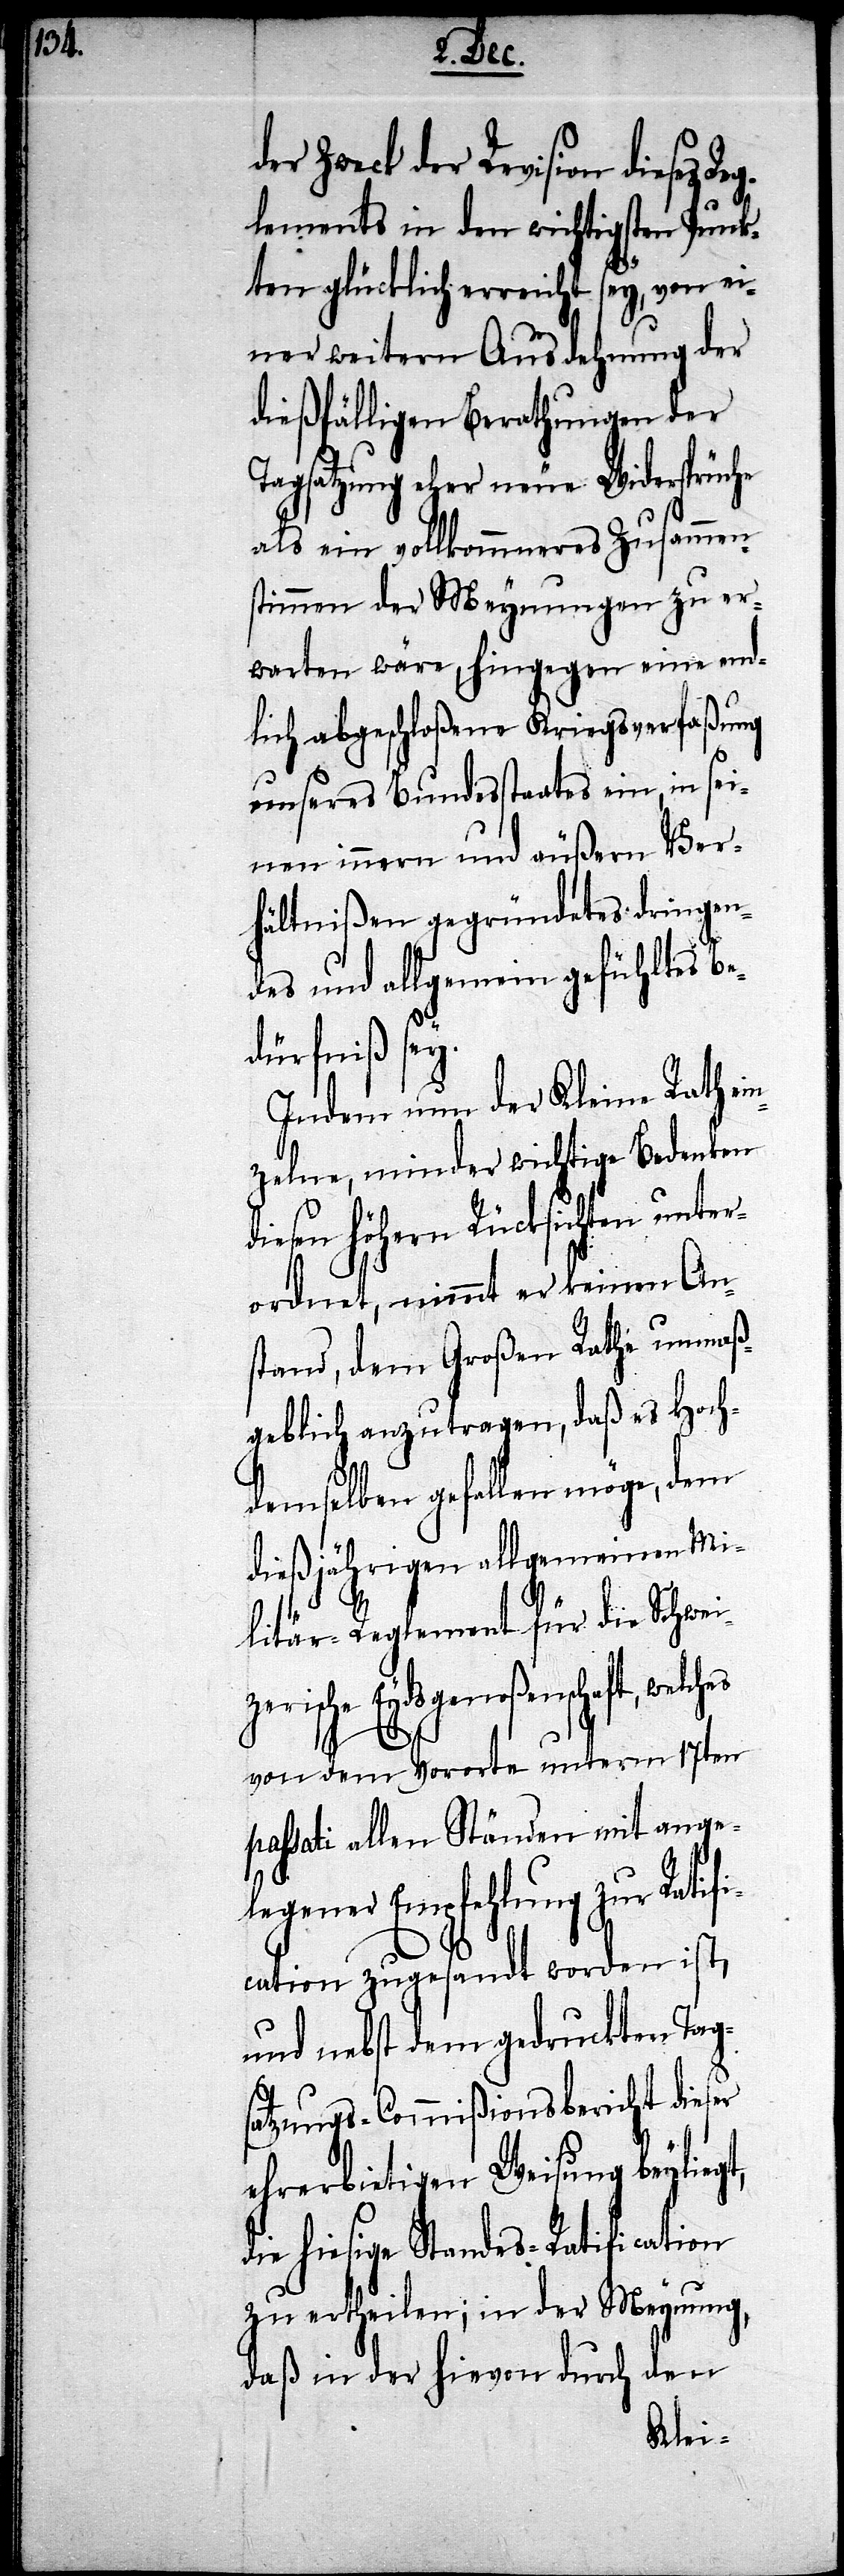
der Zweck der Revision diese
lements in den wichtigsten Punk¬
ten glücklich erreicht sey, von ei¬
ner weitern Ausdehnung der
dießfälligen Berathungen der
Tagsatzung eher neue Widersprüche
als ein vollkommenes Zusammen¬
stimmen der Meynungen zu er¬
warten wäre, hingegen eine end¬
lich abgeschloßene Kriegsverfaßung
unseres Bundesstaates ein, in sei¬
nen innern und äußern Ver¬
hältnißen gegründetes dringen¬
des und allgemein gefühltes B¬
edürfniß sey.
Indem nun der Kleine Rath ei¬
nzelne, minder wichtige Bedenken
diesen Höhern Rücksichten unter¬
ordnet, nimmt er keinen An¬
stand, dem Großen Rathe unmaß¬
geblich anzutragen, daß es Hoch¬
demselben gefallen möge, dem
dießjährigen allgemeinen Mi¬
litär-Reglement für die Schwei¬
zerische Eydsgenoßenschaft, welches
di¬
von dem Vororte unterm 17ten
passati allen Ständen mit ange¬
legener Empfehlung zur Ratifi¬
cation zugesandt worden ist,
und nebst dem gedruckten Tags¬
atzungs-Commißionsbericht dieser
ehrerbietigen Weisung beyliegt,
e hiesige Standes-Ratification
zu ertheilen; in der Meynung,
daß in der hievon durch den